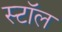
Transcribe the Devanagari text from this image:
स्टाॅल